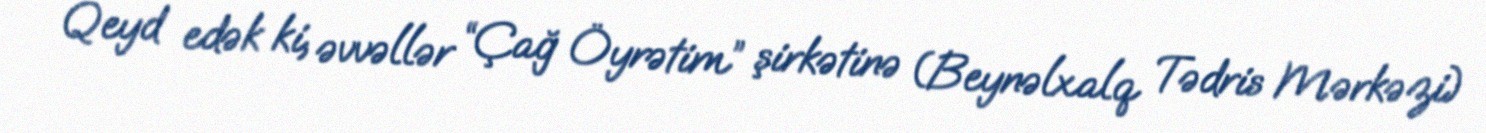
Qeyd edək ki, əvvəllər “Çağ Öyrətim” şirkətinə (Beynəlxalq Tədris Mərkəzi)